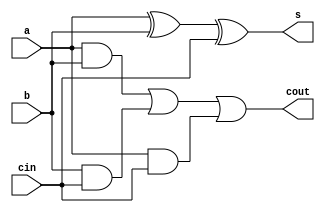
module full_adder(a, b, cin, s, cout);

input a, b, cin;
output s, cout;

assign s = a^b^cin;
assign cout = (a&b) | (b&cin) | (a&cin);

endmodule

module RCA(p, q, c0, r);

input [3:0] p,q;
input c0;
output [4:0] r;

wire c1,c2,c3;

full_adder fa0(p[0], q[0], c0, r[0], c1);
full_adder fa1(p[1], q[1], c1, r[1], c2);
full_adder fa2(p[2], q[2], c2, r[2], c3);
full_adder fa3(p[3], q[3], c3, r[3], r[4]);

endmodule